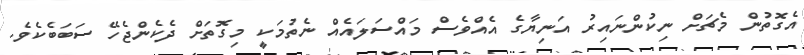
އެގޮތުން މެޗަށް ނިކުންނައިރު އަނިޔާގެ އެއްވެސް މައްސަލައެއް ނެތުމަކީ މިގޮތަށް ދެކެންޖެހޭ ސަބަބެކެވެ.